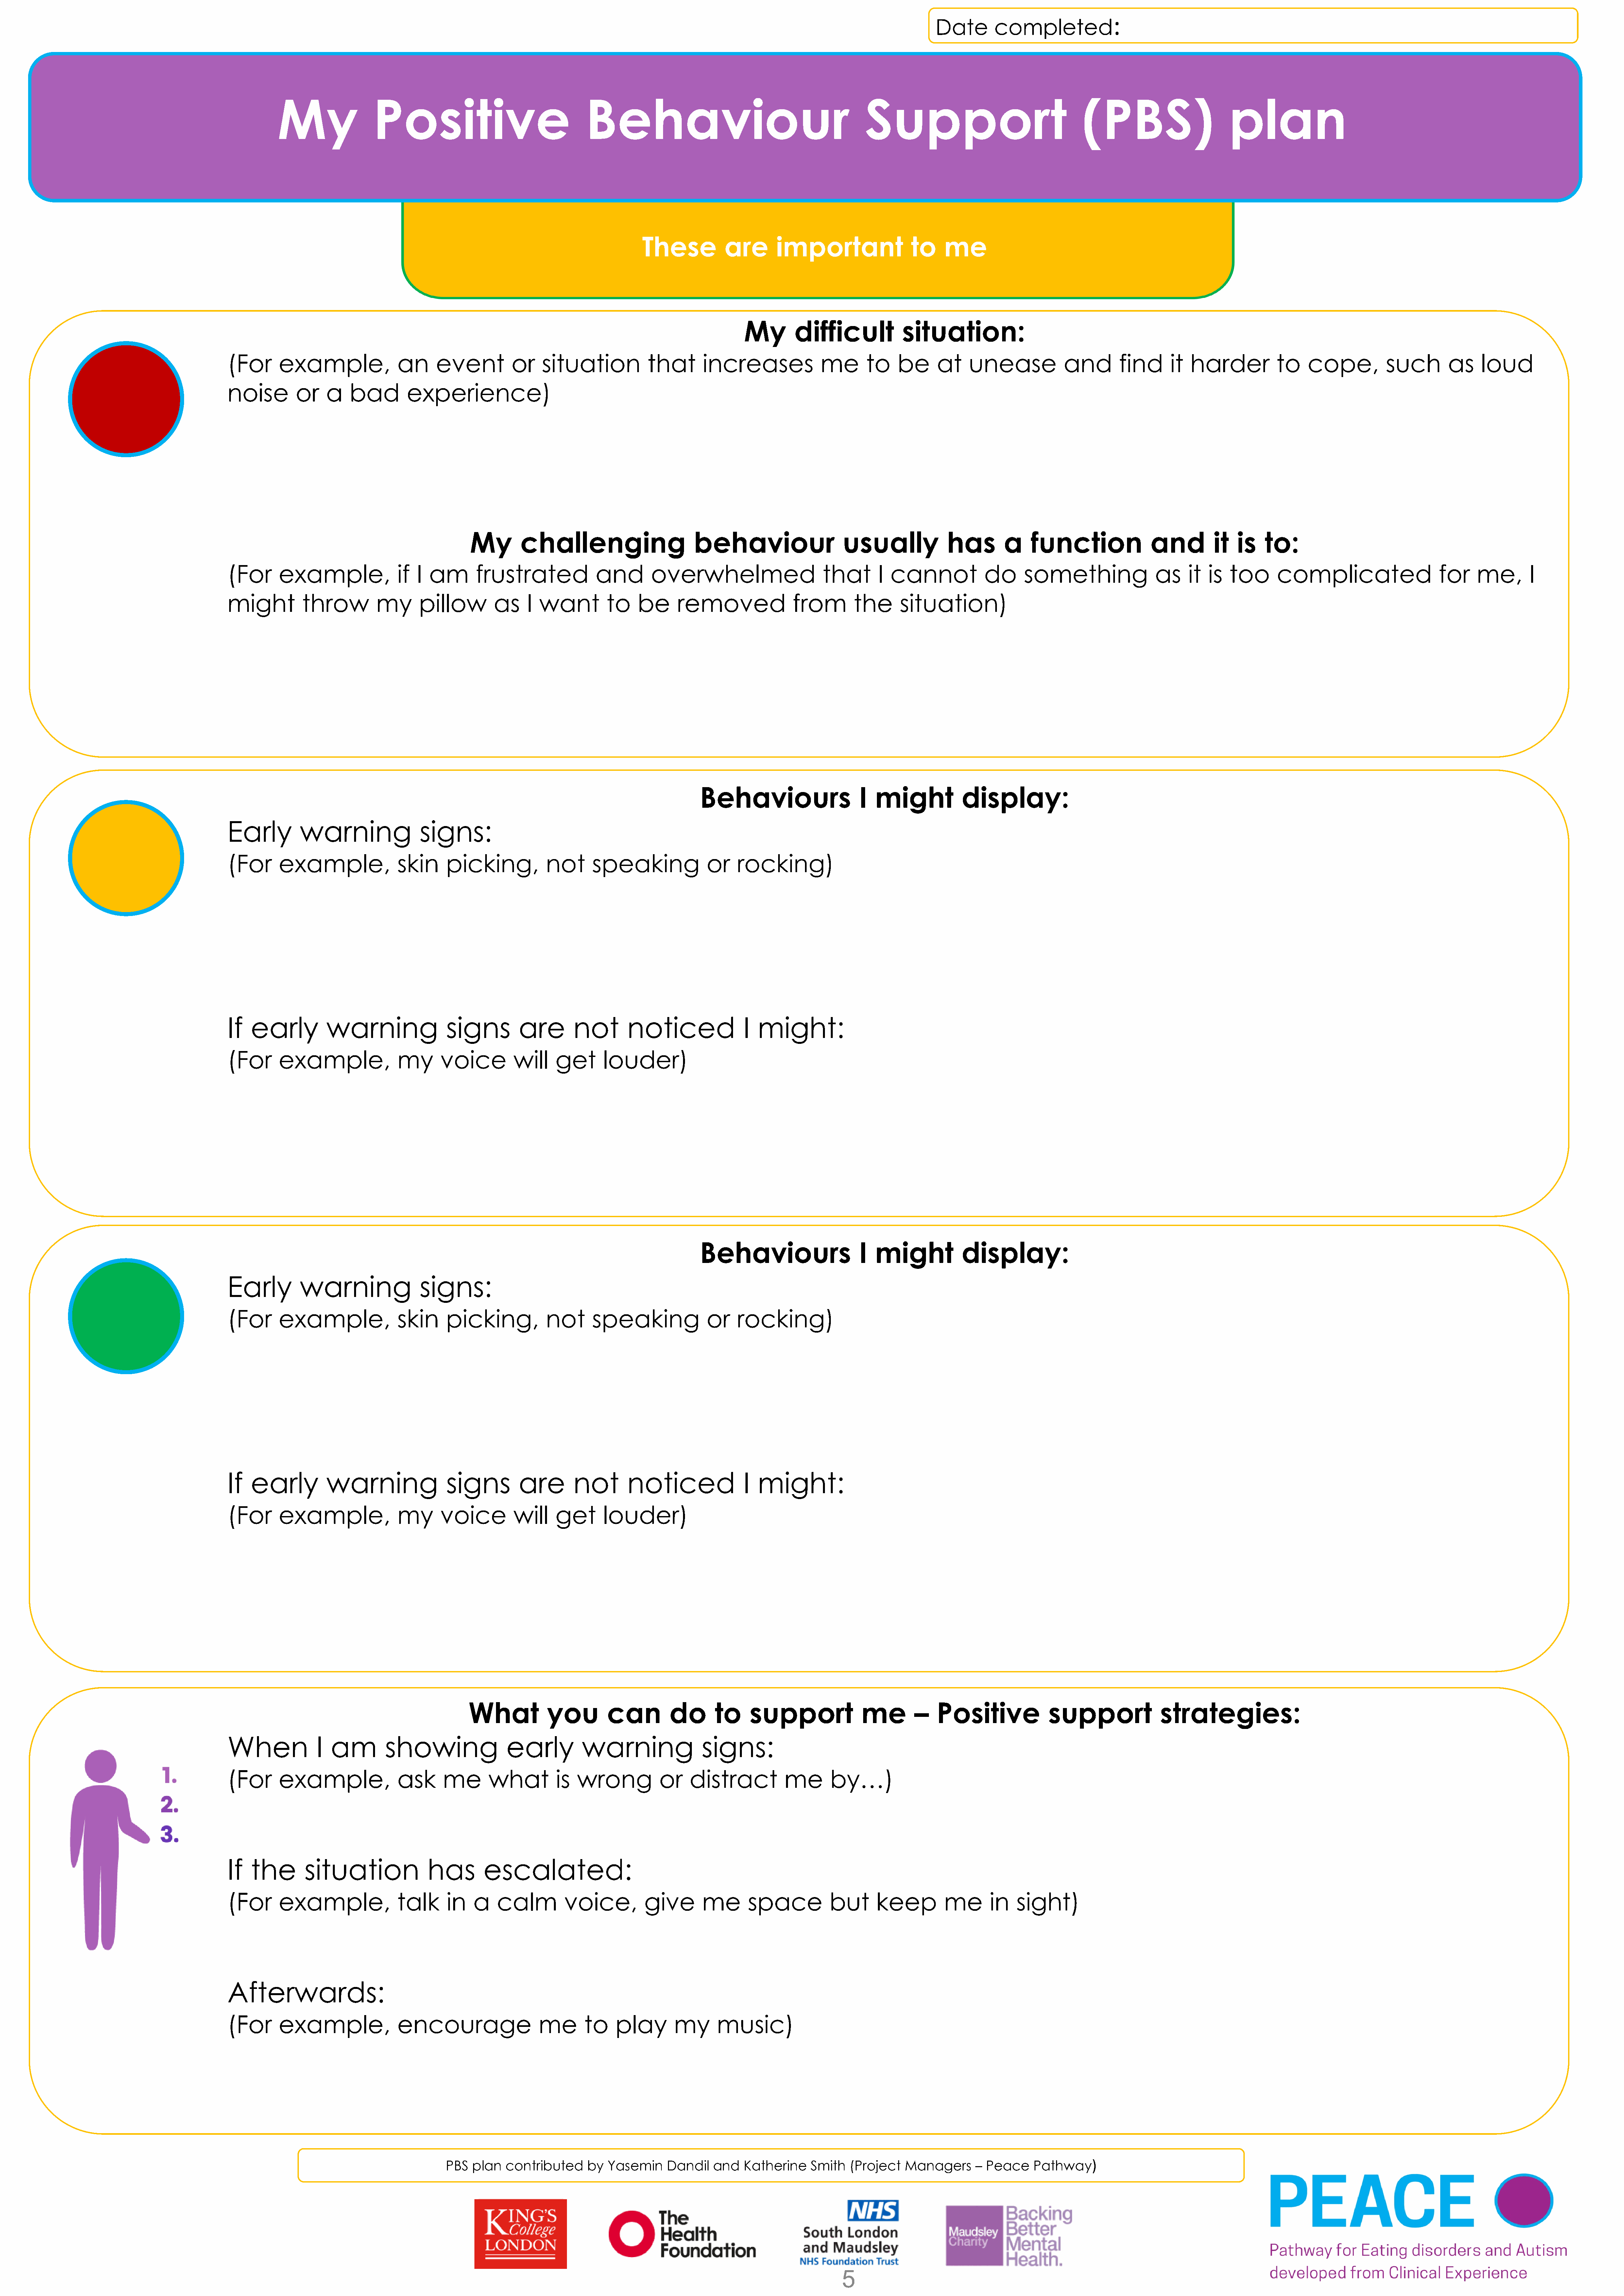
:
 Date        completed
 My                  Positive                                   Behaviour                                               Support                                     (PBS)                         plan
 These            are       important                  to     me
 My        difficult             situation:
 (For      example,                an      event           or    situation            that       increases               me       to     be      at    unease             and         find      it  harder           to     cope,           such        as     loud
 noise         or    a    bad        experience)
 My        challenging                         behaviour                     usually              has        a     function                and          it  is    to:
 (For      example,                if  I  am       frustrated               and        overwhelmed                        that       I cannot             do      something                  as     it  is  too       complicated                     for     me,        I
 might          throw          my       pillow         as     I want          to    be      removed                from         the      situation)
 Behaviours                      I  might             display:
 Early          warning                 signs:
 (For      example,                skin      picking,             not      speaking               or    rocking)
 If   early          warning                 signs          are        not        noticed                I  might:
 (For      example,                my       voice          will    get       louder)
 Behaviours                      I  might             display:
 Early          warning                 signs:
 (For      example,                skin      picking,             not      speaking               or    rocking)
 If   early          warning                 signs          are        not        noticed                I  might:
 (For      example,                my       voice          will    get       louder)
 What            you         can          do       to     support               me         –    Positive              support                strategies:
 When              I  am         showing                  early          warning                 signs:
 (For      example,                ask       me       what          is  wrong           or     distract           me       by…)
 If   the        situation                has        escalated:
 (For      example,                talk      in    a    calm         voice,          give        me       space            but      keep          me       in    sight)
 Afterwards:
 (For      example,                encourage                    me       to     play       my       music)
 PBS   plan  contributed      by  Yasemin     Dandil   and    Katherine    Smith   (Project   Managers      –  Peace    Pathway)
 5